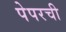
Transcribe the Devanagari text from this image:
पेपरची